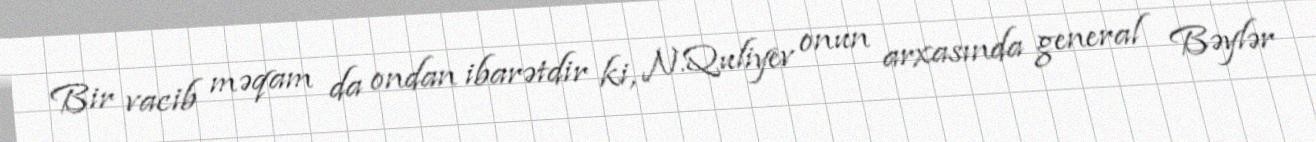
Bir vacib məqam da ondan ibarətdir ki, N.Quliyev onun arxasında general Bəylər